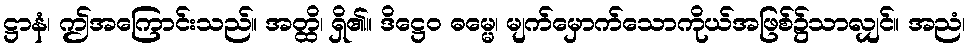
ဋ္ဌာနံ၊ ဤအကြောင်းသည်။ အတ္ထိ၊ ရှိ၏။ ဒိဋ္ဌေဝ ဓမ္မေ၊ မျက်မှောက်သောကိုယ်အဖြစ်၌သာလျှင်။ အညံ၊